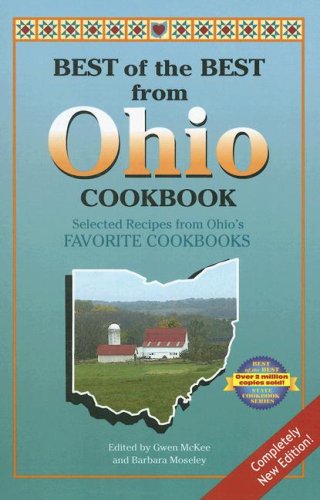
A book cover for Best of the Best from Ohio Cookbook: Selected Recipes from Ohio's Favorite Cookbooks; Gwen McKee; Cookbooks, Food & Wine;